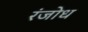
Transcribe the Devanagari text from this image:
रंजोध